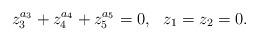
LaTeX: \begin{align*}z_{3}^{a_{3}}+z_{4}^{a_{4}}+z_{5}^{a_{5}} = 0,\ \ z_{1} = z_{2} = 0.\end{align*}